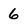
Character: 6